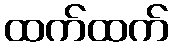
ထက်ထက်